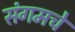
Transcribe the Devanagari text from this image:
संगमचे